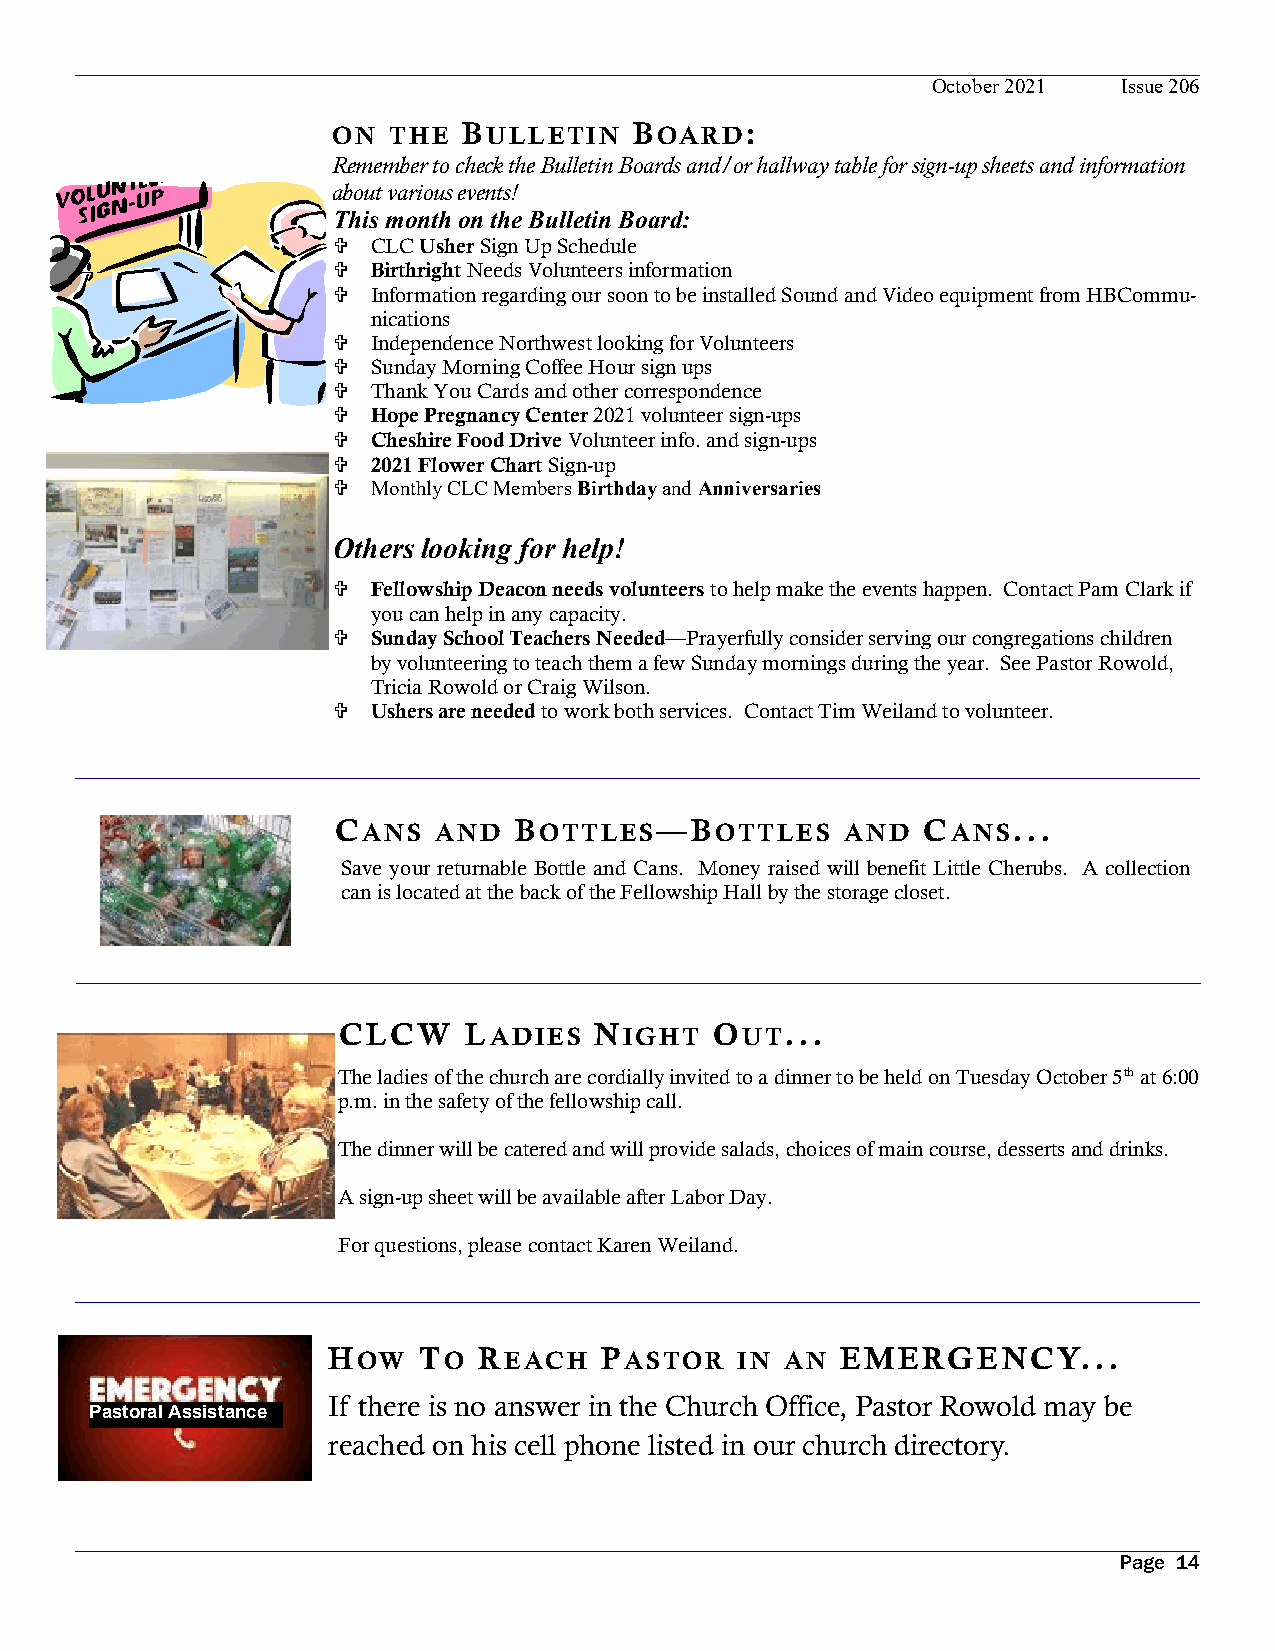
October 2021 Issue 206
 ON  THE  BULLETIN   BOARD:
 Remember to check the Bulletin Boards and/or hallway table for sign-up sheets and information
 about various events!
 This month on the Bulletin Board:
   CLC Usher Sign Up Schedule
   Birthright Needs Volunteers information
   Information regarding our soon to be installed Sound and Video equipment from HBCommu-
 nications
   Independence Northwest looking for Volunteers
   Sunday Morning Coffee Hour sign ups
   Thank You Cards and other correspondence
   Hope Pregnancy Center 2021 volunteer sign-ups
   Cheshire Food Drive Volunteer info. and sign-ups
   2021 Flower Chart Sign-up
   Monthly CLC Members Birthday and Anniversaries
 Others looking for help!
   Fellowship Deacon needs volunteers to help make the events happen. Contact Pam Clark if
 you can help in any capacity.
   Sunday School Teachers Needed—Prayerfully consider serving our congregations children
 by volunteering to teach them a few Sunday mornings during the year. See Pastor Rowold,
 Tricia Rowold or Craig Wilson.
   Ushers are needed to work both services. Contact Tim Weiland to volunteer.
 CANS   AND  BOTTLES—BOTTLES       AND  CANS...
 Save your returnable Bottle and Cans. Money raised will benefit Little Cherubs. A collection
 can is located at the back of the Fellowship Hall by the storage closet.
 CLCW     LADIES  NIGHT   OUT...
 The ladies of the church are cordially invited to a dinner to be held on Tuesday October 5th at 6:00
 p.m. in the safety of the fellowship call.
 The dinner will be catered and will provide salads, choices of main course, desserts and drinks.
 A sign-up sheet will be available after Labor Day.
 For questions, please contact Karen Weiland.
 HOW   TO  REACH   PASTOR   IN AN  EMERGENCY...
 If there is no answer in the Church Office, Pastor Rowold may be
 Pastoral Assistance
 reached on his cell phone listed in our church directory.